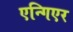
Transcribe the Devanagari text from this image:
एन्गिएर